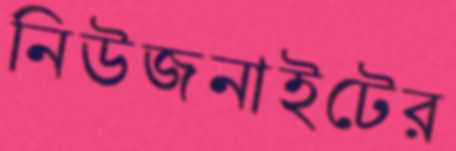
নিউজনাইটের